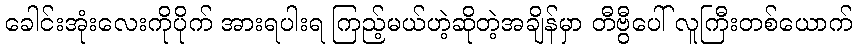
ခေါင်းအုံးလေးကိုပိုက် အားရပါးရ ကြည့်မယ်ဟဲ့ဆိုတဲ့အချိန်မှာ တီဗွီပေါ် လူကြီးတစ်ယောက်